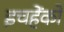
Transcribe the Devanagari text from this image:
इचहेंको